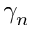
\gamma _ { n }